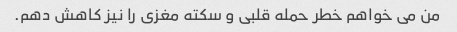
من می خواهم خطر حمله قلبی و سکته مغزی را نیز کاهش دهم.